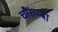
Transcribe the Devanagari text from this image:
चाैखम्बा